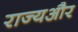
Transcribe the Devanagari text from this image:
राज्यऔर